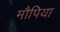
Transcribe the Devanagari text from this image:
मौपिया